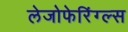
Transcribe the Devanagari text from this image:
लेजोफेरिंग्ल्स